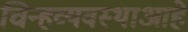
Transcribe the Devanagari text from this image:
चिन्हव्यवस्थाआहे